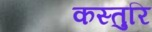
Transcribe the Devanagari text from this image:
कस्तुरि